Cholera in southern India
Disease focus: Cholera
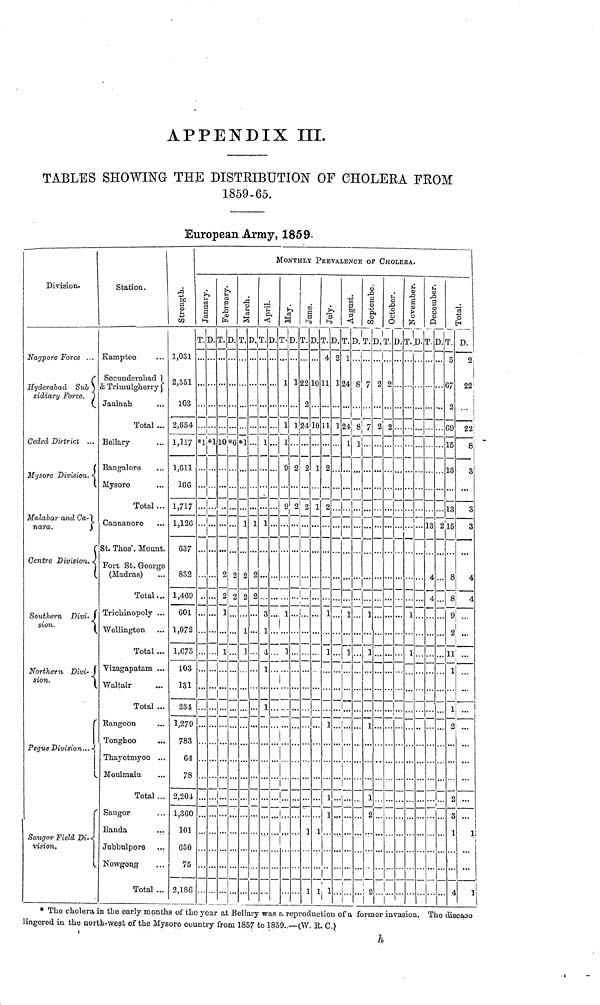
APPENDIX III.
TABLES SHOWING THE DISTRIBUTION OF CHOLERA FROM
1859-65.
European Army, 1859
Division.
Nagpore Force ...
Hyderabad Sub )
sidiary
Force.
Ceded District ...
Mysore Division.
Malabar and Ca-
nara.
\
Centre Division.
Southern Divi-
sion.
Northern Divi-
sion.
Pegue Division...
Saugor Field Di- <
vision.
Station.
Kamptee
Secunderabad
& Trimulgherry
Jaulnah
Total ...
Bellary
Bangalore
Mysore
Total ...
Cannanore
St. Thos'. Mount.
Fort St. George
(Madras)
Total...
Trichinopoly ...
„ Wellington
Total ...
Vizagapatam ...
Waltair
Total ...
Rangoon
Tonghoo
Thayetmyoo ..
Moulmain
Total
' Saugor
Banda
..
Jnbbulpore
Nowgong
Total ..
Stength
,031
2,551
103
2,654
1,117
1,611
106
1,717
1,126
637
832
1,469
601
1,072
1,673
103
131
234
1,279
783
64
78
2,204
1,360
101
650
75
2,186
January
T.D.
1
*1*1
...I..
1
1
Febraury
T.D.
10*6
. 2 2
. 2 2
. 1 .
. 1..
1
March
•
*1
•
April
.T.D.
. 1.
11..
2 ....
2 ...
MONTHLY
T.D.
1 1
1 1
1
9 2
9 2
2
1
. 1.
i
T.D.
22 10 2
2...
24 10
2 2 ]
2
. 2
. 2
July
T.D,
4 2
11 1
11 1
o
L 2.
. 1
. 1..
•• 1 •
1
1
1 1
Agust
T.D.
1
24 S
24 8
1
1 1
1
. 1 ..
¡
.
OP C
6
September
T.D.
7 2
7 2
. 2 .
! 2
HOLE
o
October
T.D.
2...
o
...L
November
1..
• 1..
December
...
13 2
4..
4 ..
Total
T. D.
5
2
67 22
69 22¡
15
8
13
3
13
3
15
3
8
4
8
4
9 ...
o'
11¡ ...
1 ...
1 ...
. 2 ...
. 2 ...
. 3 ...
. 1
]
,. 4
* The cholera in the early months of the year at Bellary was a reproduction of a former invasion. The disease
lingered in the north-west of the Mysore country from 1857 to 1859..—(W- E. C.)